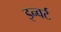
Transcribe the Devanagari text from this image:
इन्वर्ट